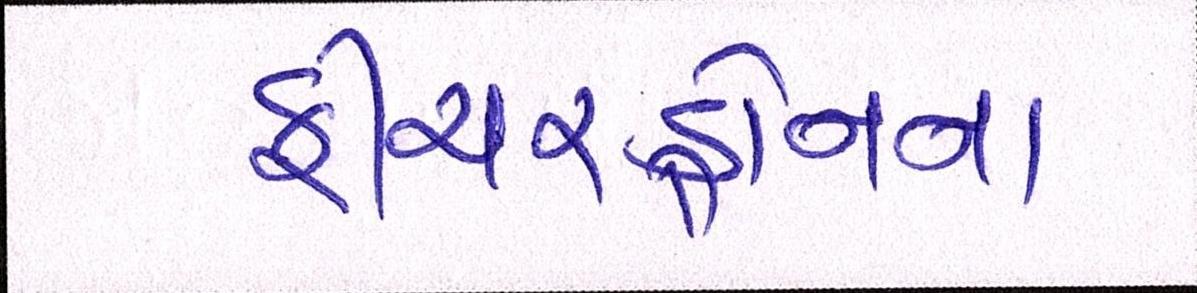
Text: ફીચરફોનના